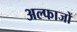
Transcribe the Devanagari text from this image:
अल्फाजों